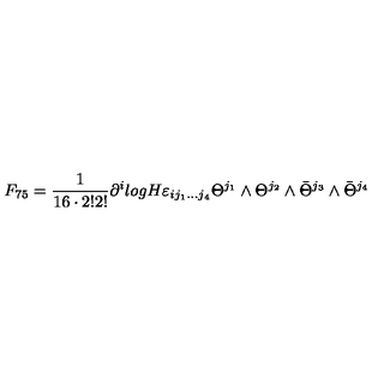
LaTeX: F _ { 7 5 } = \frac { 1 } { 1 6 \cdot 2 ! 2 ! } \partial ^ { i } l o g H \varepsilon _ { i j _ { 1 } . . . j _ { 4 } } \Theta ^ { j _ { 1 } } \wedge \Theta ^ { j _ { 2 } } \wedge \bar { \Theta } ^ { j _ { 3 } } \wedge \bar { \Theta } ^ { j _ { 4 } }